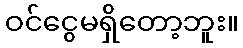
ဝင်ငွေမရှိတော့ဘူး။